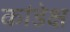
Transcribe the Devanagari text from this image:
कांडेक्ष